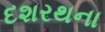
દશરથના